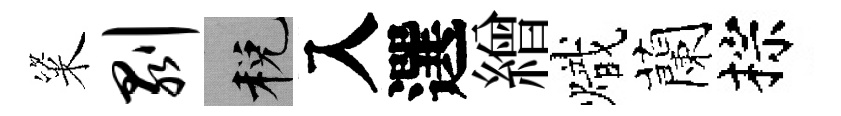
粢剥税入選繒熾蘭棕